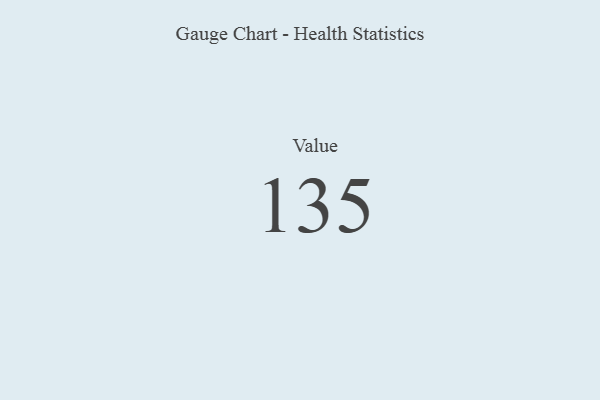
{"axis": {"x": "Metric", "y": "Value"}, "legend": [""], "data": [{"x": "Value", "y": 135, "type": ""}]}